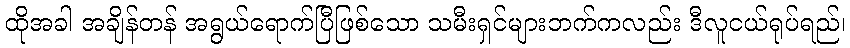
ထိုအခါ အချိန်တန် အရွယ်ရောက်ပြီဖြစ်သော သမီးရှင်များဘက်ကလည်း ဒီလူငယ်ရုပ်ရည်၊